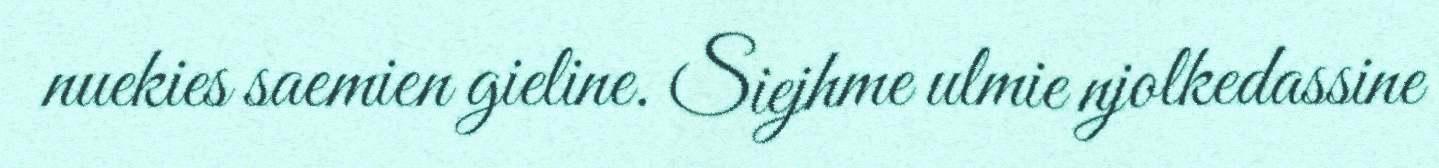
nuekies saemien gieline. Siejhme ulmie njolkedassine